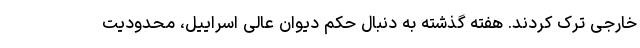
خارجی ترک کردند. هفته گذشته به دنبال حکم دیوان عالی اسراییل، محدودیت